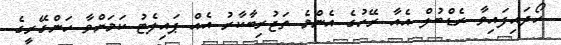
ހޯދައިފައިވާ ރެޑްބުލް އެއާ ރޭހުގެ އެންމެ ތަޖުރިބާކާރު އެއް ޕައިލެޓު ކަމަށްވާ ހަންގޭރީގެ